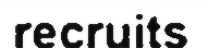
recruits